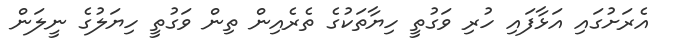
އެރަށުގައި އަޅާފައި ހުރި ވަގުތީ ހިޔާތަކުގެ ތެރެއިން ތިން ވަގުތީ ހިޔަލުގެ ނީލަން